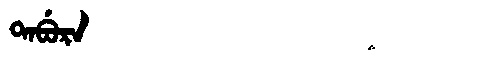
Manchu: ᡨᠠᠪᡠᡵᠠ
Romanization: TABURA